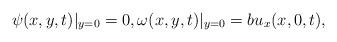
LaTeX: \begin{align*} {\psi} (x,y,t)\vert_{y=0} =0, \omega(x, y, t)\vert_{y=0}= bu_x(x,0,t),\end{align*}